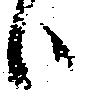
ハ